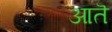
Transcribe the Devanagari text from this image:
आतॆ